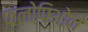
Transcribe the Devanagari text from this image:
फलोपिओन